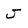
Character: J